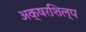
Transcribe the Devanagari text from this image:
अक्षरशिल्प